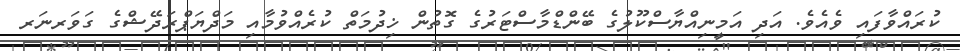
ކުރައްވާފައި ވެއެވެ. އަދި އަމީނިއްޔާސްކޫލުގެ ބޭންޑްމާސްޓަރުގެ ގޮތުން ޚިދުމަތް ކުރެއްވުމާއި މަދްޔަޕްރަދޭޝްގެ ގަވަރނަރ